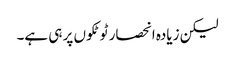
لیکن زیادہ انحصار ٹوٹکوں پر ہی ہے۔